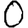
Digit: 0